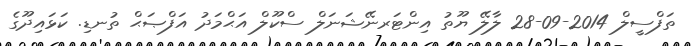
ތަފްސީލް 2014-09-28 ލާލޭ ޔޫތު އިންޓަރނޭޝަނަލް ސްކޫލް އަޙްމަދު އަފްޞަޙް ތުނޑި. ކަޅައިދޫގެ